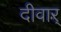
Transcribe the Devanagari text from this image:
दीवार्